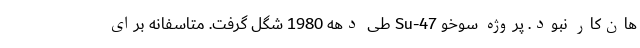
هان‌کار نبود. پروژه سوخو Su-47 طی دهه 1980 شگل گرفت. متاسفانه برای